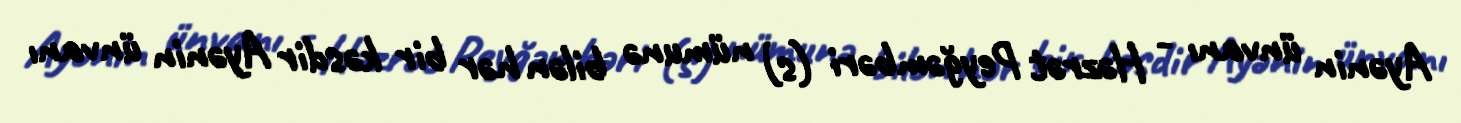
Ayənin ünvanı - Həzrət Peyğəmbəri (s) nümunə bilən hər bir kəsdir Ayənin ünvanı